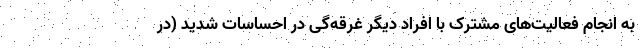
به انجام فعالیت‌های مشترک با افراد دیگر غرقه‌گی در احساسات شدید (در